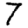
Digit: 7